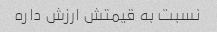
نسبت به قیمتش ارزش داره